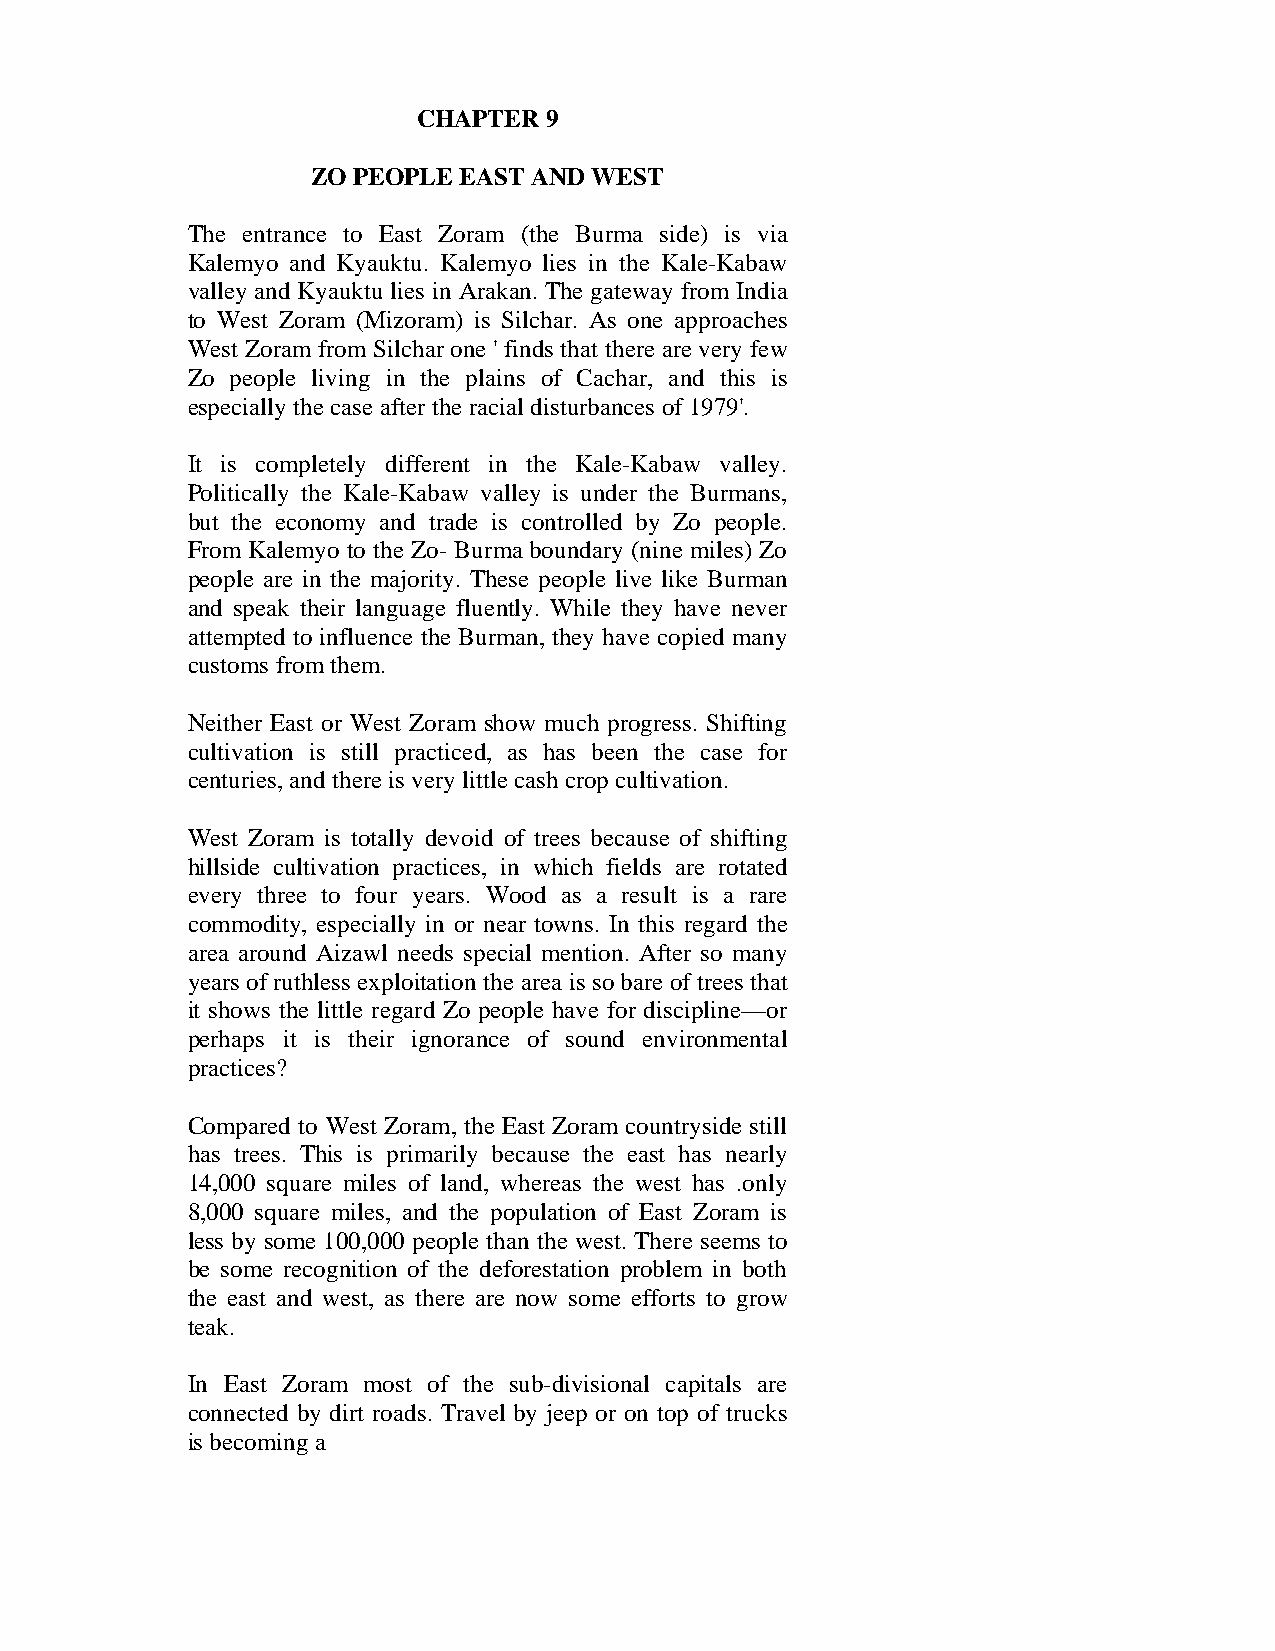
CHAPTER 9
 ZO PEOPLE EAST AND WEST
 The entrance to East Zoram (the Burma side) is via
 Kalemyo and Kyauktu. Kalemyo lies in the Kale-Kabaw
 valley and Kyauktu lies in Arakan. The gateway from India
 to West Zoram (Mizoram) is Silchar. As one approaches
 West Zoram from Silchar one ' finds that there are very few
 Zo people living in the plains of Cachar, and this is
 especially the case after the racial disturbances of 1979'.
 It is completely different in the Kale-Kabaw valley.
 Politically the Kale-Kabaw valley is under the Burmans,
 but the economy and trade is controlled by Zo people.
 From Kalemyo to the Zo- Burma boundary (nine miles) Zo
 people are in the majority. These people live like Burman
 and speak their language fluently. While they have never
 attempted to influence the Burman, they have copied many
 customs from them.
 Neither East or West Zoram show much progress. Shifting
 cultivation is still practiced, as has been the case for
 centuries, and there is very little cash crop cultivation.
 West Zoram is totally devoid of trees because of shifting
 hillside cultivation practices, in which fields are rotated
 every three to four years. Wood as a result is a rare
 commodity, especially in or near towns. In this regard the
 area around Aizawl needs special mention. After so many
 years of ruthless exploitation the area is so bare of trees that
 it shows the little regard Zo people have for discipline—or
 perhaps it is their ignorance of sound environmental
 practices?
 Compared to West Zoram, the East Zoram countryside still
 has trees. This is primarily because the east has nearly
 14,000 square miles of land, whereas the west has .only
 8,000 square miles, and the population of East Zoram is
 less by some 100,000 people than the west. There seems to
 be some recognition of the deforestation problem in both
 the east and west, as there are now some efforts to grow
 teak.
 In East Zoram most of the sub-divisional capitals are
 connected by dirt roads. Travel by jeep or on top of trucks
 is becoming a